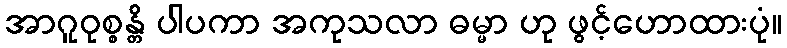
အာဂူဝုစ္စန္တိ ပါပကာ အကုသလာ ဓမ္မာ ဟု ဖွင့်ဟောထားပုံ။